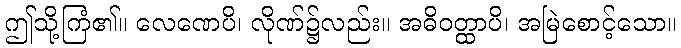
ဤသို့ကြံ၏။ လေဏေပိ၊ လိုဏ်၌လည်း။ အဓိဝတ္ထာပိ၊ အမြဲစောင့်သော။